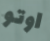
اوتو